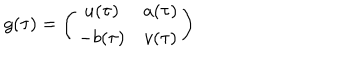
g ( \tau ) = \left( \begin{array} { c c } { { u ( \tau ) } } & { { a ( \tau ) } } \\ { { - b ( \tau ) } } & { { v ( \tau ) } } \\ \end{array} \right)